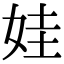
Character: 娃